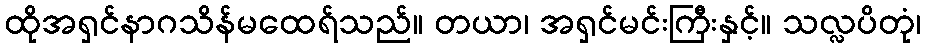
ထိုအရှင်နာဂသိန်မထေရ်သည်။ တယာ၊ အရှင်မင်းကြီးနှင့်။ သလ္လပိတုံ၊